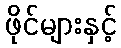
ဖိုင်များနှင့်